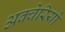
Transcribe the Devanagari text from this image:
अक्वेरियो